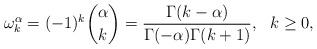
LaTeX: \begin{align*} \omega^\alpha_k=(-1)^k\binom\alpha k=\frac{\Gamma{(k-\alpha)}}{\Gamma{(-\alpha)}\Gamma{(k+1)}}, \ \ k\geq0,\end{align*}